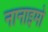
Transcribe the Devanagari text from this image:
नानाइमो